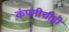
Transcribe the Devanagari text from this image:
कंपनीचीही